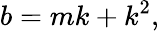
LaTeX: b=mk+k^{2},